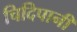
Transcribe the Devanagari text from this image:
चिदिपानी